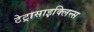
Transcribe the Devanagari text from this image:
टेट्रासाइक्लिन्स